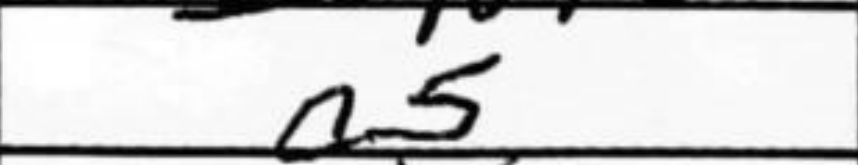
Transcription: a5